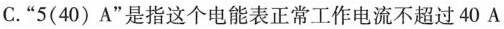
C.”5(40)A”是指这个电能表正常工作电流不超过40A